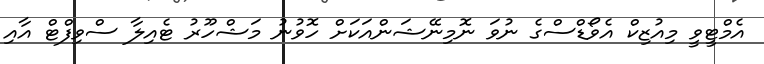
އެމްޓީވީ މިއުޒިކް އެވޯޑްސްގެ ނުވަ ނޮމިނޭޝަންއަކަށް ހޮވުނު މަޝްހޫރު ޓެއިލާ ސްވިފްޓް އާއި